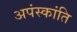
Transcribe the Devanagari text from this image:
अपंस्कांति